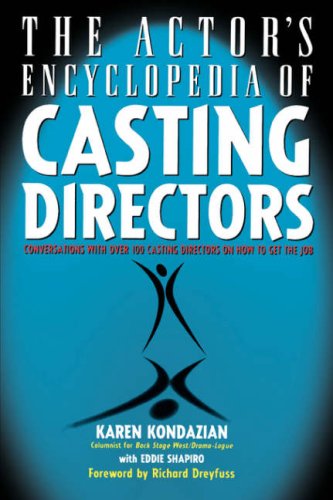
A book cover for The Actor's Encyclopedia of Casting Directors: Conversations with Over 100 Casting Directors on How to Get the Job; Karen Kondazian; Humor & Entertainment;